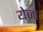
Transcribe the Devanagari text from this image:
येजो